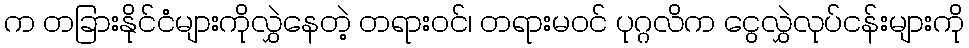
က တခြားနိုင်ငံများကိုလွှဲနေတဲ့ တရားဝင်၊ တရားမဝင် ပုဂ္ဂလိက ငွေလွှဲလုပ်ငန်းများကို